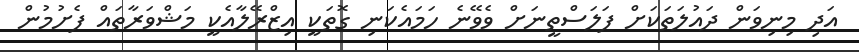
އަދި މިނިވަން ދައުލަތަކަށް ފަލަސްތީނަށް ވެވޭނެ ހަަމައެކަނި ގޮތަކީ އިޒްރޭލާއެކީ މަޝްވަރާތައް ފެށުމުން